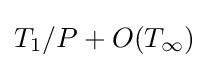
T_{1}/P+O(T_{\infty })